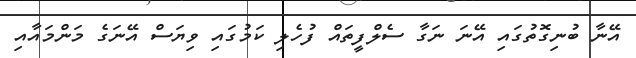
އޭނާ ބުނިގޮތުގައި އޭނަ ނަގާ ސެލްފީތައް ފުހެލި ކަމުގައި ވިޔަސް އޭނަގެ މަންމައާއި